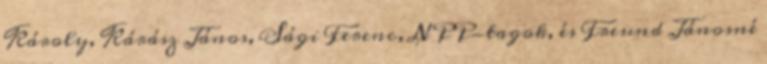
Károly, Kárász János, Sági Ferenc, NPP-tagok, és Freund Jánosné